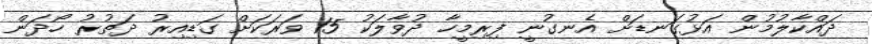
ދައްކާލުމުން އަޅުގަނޑަށް އެނގުނީ ފިރިމީހާ ދުވާލަކު 15 ވަަރަކަށް ގަޑިއިރު ދަތުރު ހޯދަން